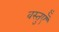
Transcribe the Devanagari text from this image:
वस्तुऍँ